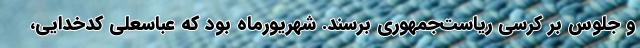
و جلوس بر کرسی ریاست‌جمهوری برسند. شهریورماه بود که عباسعلی کدخدایی،